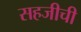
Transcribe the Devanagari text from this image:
सहजीची